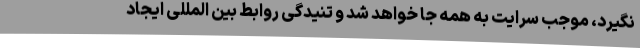
نگیرد، موجب سرایت به همه جا خواهد شد و تنیدگی روابط بین المللی ایجاد